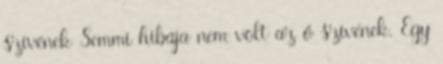
szívének Semmi hibája nem volt az ő szívének. Egy